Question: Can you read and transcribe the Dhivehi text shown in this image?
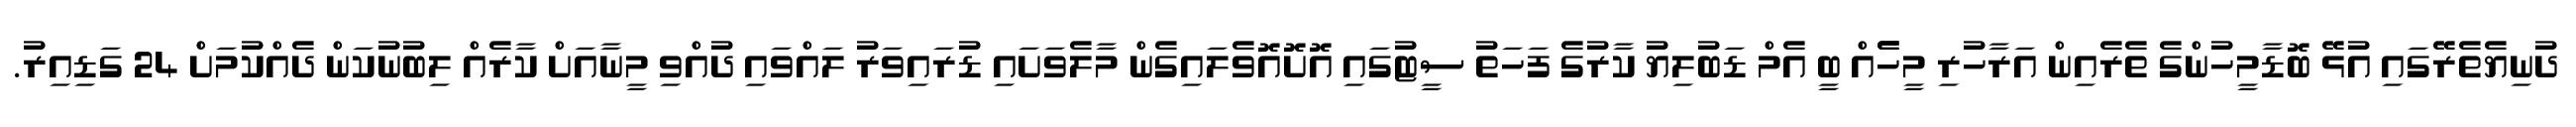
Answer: ދުނިޔެތެރޭގައި އުޅޭ ބޮޑާމީހުންގެ ތެރެއިން އަރާހުރި މީހެެއް ބީ އެމް ޑަބުލިޔު ކާރުގެ ފަހަތު ސީޓުގައި އޮށޮއޮވެލައިގެން މާލެވަށައި ޑުރައިވަރު ލައްވައި ދުއްވި މީނާއަށް ކާރެއް ލިބުނުކަން ދެއްކުމަށް 24 ގަޑިއިރު.